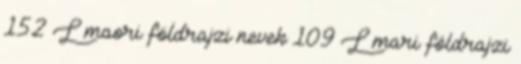
152 L maori földrajzi nevek‎ 109 L mari földrajzi